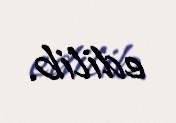
edilib.